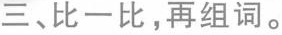
三、比一比，再组词。